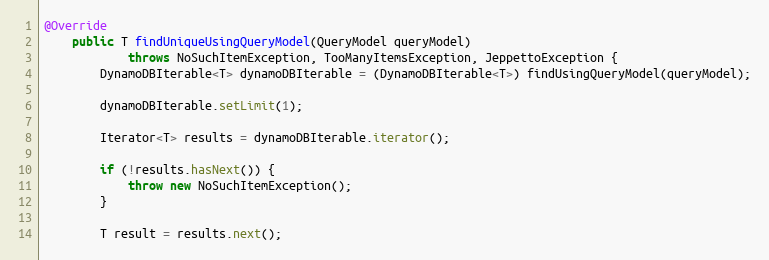
Language: Java
@Override
    public T findUniqueUsingQueryModel(QueryModel queryModel)
            throws NoSuchItemException, TooManyItemsException, JeppettoException {
        DynamoDBIterable<T> dynamoDBIterable = (DynamoDBIterable<T>) findUsingQueryModel(queryModel);

        dynamoDBIterable.setLimit(1);

        Iterator<T> results = dynamoDBIterable.iterator();

        if (!results.hasNext()) {
            throw new NoSuchItemException();
        }

        T result = results.next();